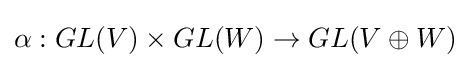
\alpha :GL(V)\times GL(W)\to GL(V\oplus W)